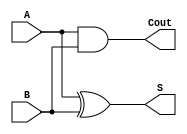
module half_adder (
    input A,
    input B,
    output S,
    output Cout
);

assign S = A ^ B; // Bitwise XOR operator for sum
assign Cout = A & B; // Bitwise AND operator for carry out

endmodule